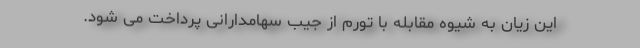
این زیان به شیوه مقابله با تورم از جیب سهامدارانی پرداخت می شود.